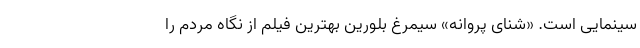
سینمایی است. «شنای پروانه» سیمرغ بلورین بهترین فیلم از نگاه مردم را